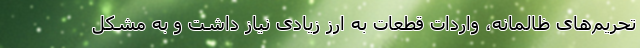
تحریم‌های ظالمانه، واردات قطعات به ارز زیادی نیاز داشت و به مشکل